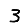
Digit: 3